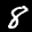
Label: 8